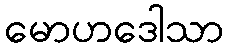
မောဟဒေါသာ